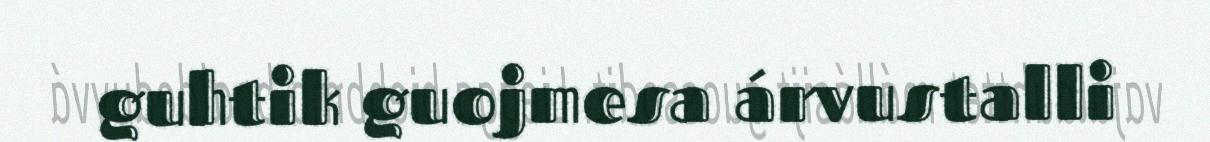
guhtik guojmesa árvustalli